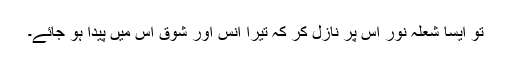
تُو ایسا شعلہ نور اس پر نازل کر کہ تیرا اُنس اور شوق اس میں پیدا ہو جائے۔